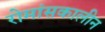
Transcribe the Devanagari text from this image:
रोमांसकालीन